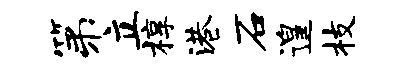
第立椁港石遑枝